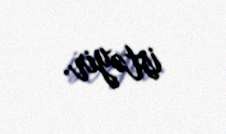
istəyir.